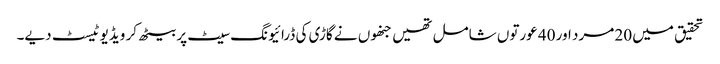
تحقیق میں 20 مرد اور 40 عورتوں شامل تھیں جنھوں نے گاڑی کی ڈرائیونگ سیٹ پر بیٹھ کر ویڈیو ٹیسٹ دیے۔